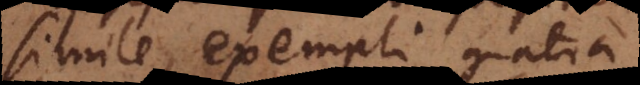
simile, exempli gratia